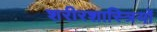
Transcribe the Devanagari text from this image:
शरीरशास्त्रियों